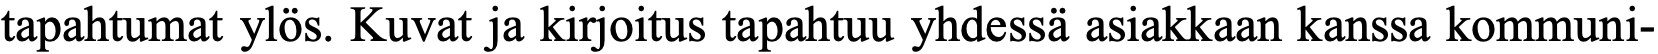
tapahtumat ylös. Kuvat ja kirjoitus tapahtuu yhdessä asiakkaan kanssa kommuni-